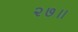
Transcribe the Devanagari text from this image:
२७॥